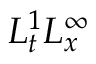
L _ { t } ^ { 1 } L _ { x } ^ { \infty }